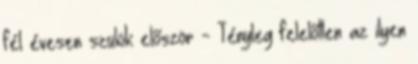
fél évesen szülök először - Tényleg felelőtlen az ilyen